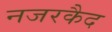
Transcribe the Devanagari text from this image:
नजरकैद